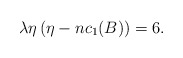
\begin{align*}\lambda\eta\left(\eta - n c_1(B)\right)=6.\end{align*}